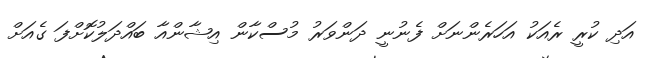
އަދި ކުރީ ރެއަކު އަހަރެންނަށް ފެނުނީ ދަންވަރު މުސްކާން އިޝާންއާ ބައްދަލުކޮށްފަ ގެއަށް